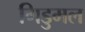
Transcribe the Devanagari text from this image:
गिडुमल